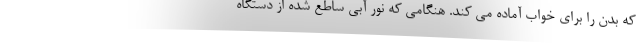
که بدن را برای خواب آماده می کند. هنگامی که نور آبی ساطع شده از دستگاه